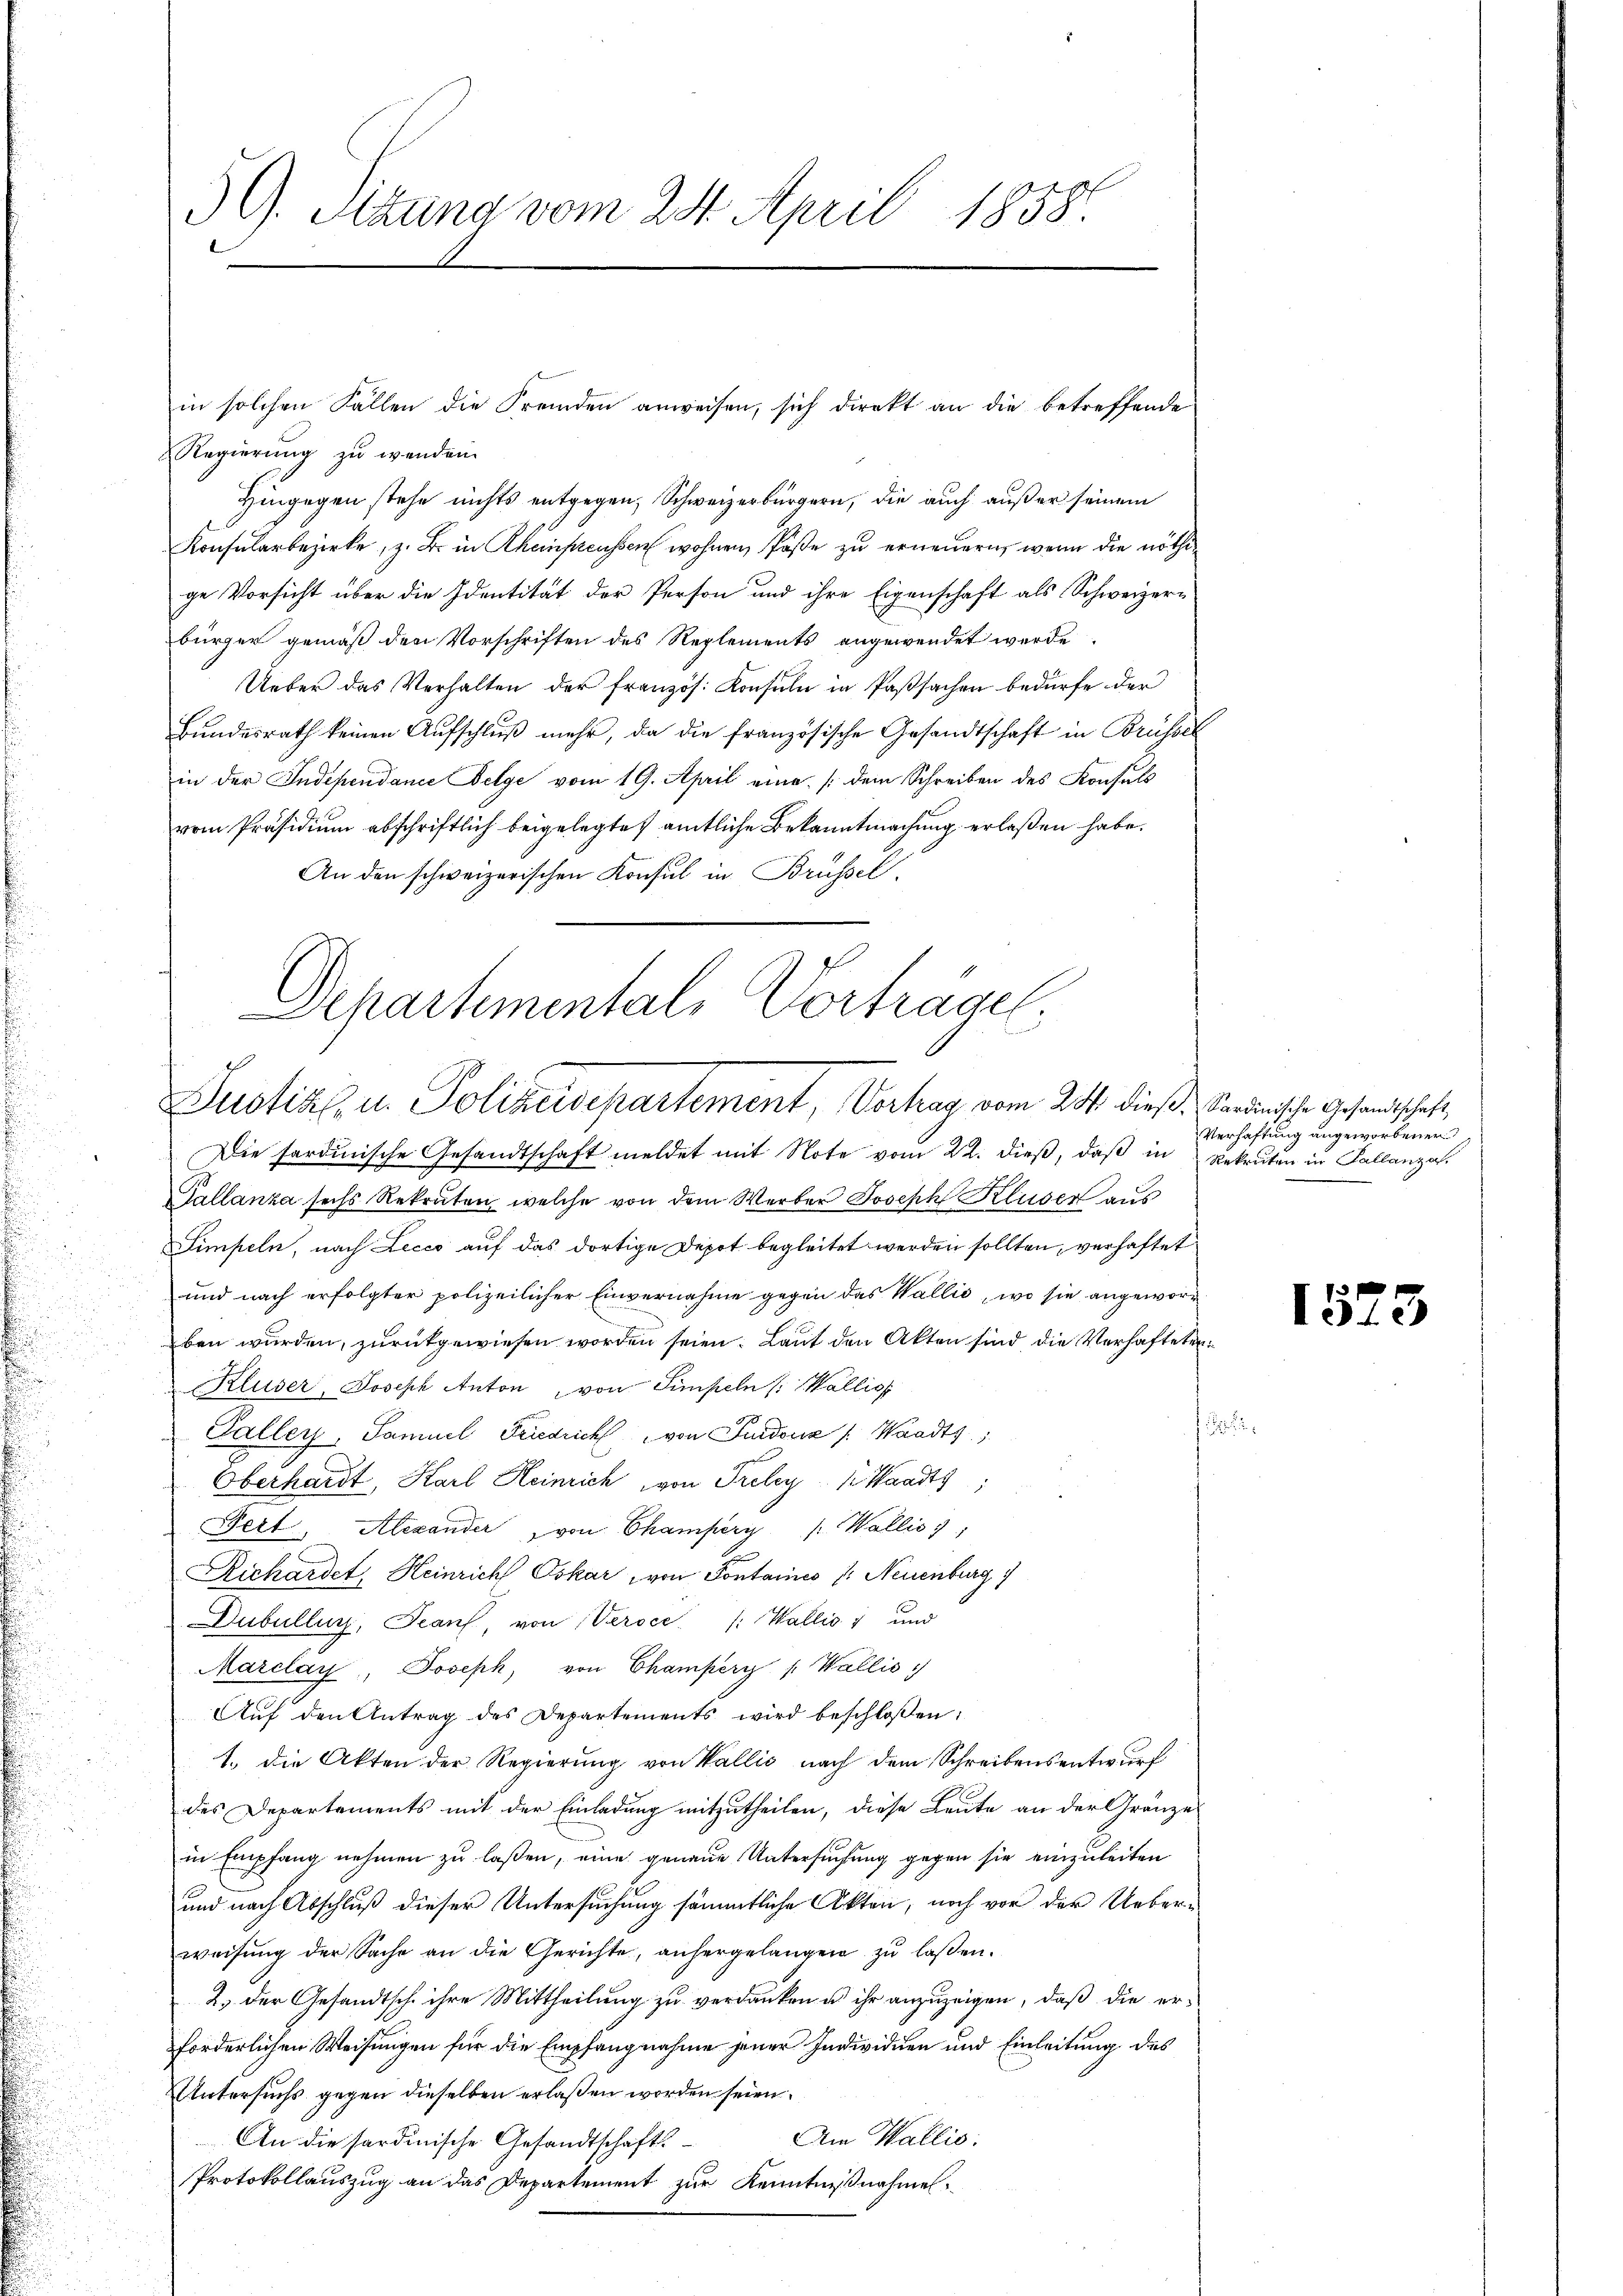
59. Sitzung vom 24. April 1858.

in solchen Fällen die Fremden anweisen, sich direkt an die betreffende
Regierŭng zŭ wenden.
Hingegen stehe nichts entgegen, Schweizerbürgern, die auch außer seinem
Konsularbezirke, z. B. in Rheinpreussen wohnen, Päße zu erneuern, wenn die nöthige Vorsicht über die Identität der Person und ihre Eigenschaft als Schweizer-
bürger gemäß den Vorschriften des Reglements angewendet werde.
Ueber das Verhalten der französ. Konsuln in Passachen bedürfe der
Bundesrath keinen Aufschluß mehr, da die französische Gesandtschaft in Brüssel
in der Independance Delge vom 19. April eine (dem Schreiben des Konsuls
vom Präsidium abschriftlich beigelegte amtliche Bekanntmachung erlaßen habe.
An den schweizerischen Konsul in Brüssel.

Dehartementale Vorträgel.
Justiz- u. Polizeisepartement, Verhag vom 20. dieß, Canonische Gesandtschaft,

Die sardinische Gesandtschaft meldet mit Note vom 22. dieß, daß in
Gallanza sechs Rekruten, welche von dem Werber Joseph Kluser aus
Limpeln, nach Lecco auf das dortige Depot begleitet werden sollten, verhaftet
und nach erfolgter polizeilicher Einvernahme gegen das Wallić, wo sie angeworben wurden, zurückgewiesen worden seien. Laut den Akten sind die Verhafteten
Kluser, Joseph Anton, von Simpeln (: Wallis
Galler, Samuel Friedrich von Pudouz /: Waadt,
Oberhardt, Karl Heinrich von Preley 1. Waadt,
Pert, Alexander von Champery /: Wallis,
Richardet, Heinrich Oskar von Sontaines /: Neuenburg
Dubulluss, Jean von Versce /: Wallis 1 und
Marclay, Joseph, von Champery /: Wallis
Aŭf den Antrag des Departements wird beschloßen:
1., die Akten der Regierung von Wallis nach dem Schreibensentwurf
des Departements mit der Einladung mitzutheilen, diese Leute an der Gränze
in Empfang nehmen zu laßen, eine genaue Untersuchung gegen sie einzuleiten
und nach Abschluß dieser Untersuchung sämmtliche Akten, noch vor der Ueberweisung der Sache an die Gerichte, anhergelangen zu laßen.
2.) Der Gesandtsch ihre Mittheilung zu verdanken u ihr anzuzeigen, daß die erforderlichen Weisungen für die Empfangnahme jener Individuen und Einleitung des
Untersuchs gegen dieselben erlaßen worden seien.
Am Walliso:
An die sardinische Gesandtschafts¬
Protokollauszug an das Departement zur Kenntnißnahmes¬

Verhaftung angeworbener
Rekruten in Sallanza.

1573